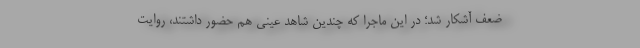
ضعف آشکار شد؛ در این ماجرا که چندین شاهد عینی هم حضور داشتند، روایت